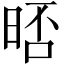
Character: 𣇊